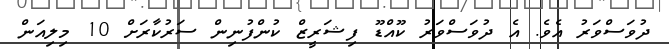
ދުވަސްވަރު އެވެ. އެ ދުވަސްވަރު ކޫއްޑޫ ފިޝަރީޒް ކުންފުނިން ސަރުކާރަށް 10 މިލިއަން